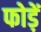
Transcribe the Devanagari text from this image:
फोड़ें